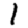
Digit: 1